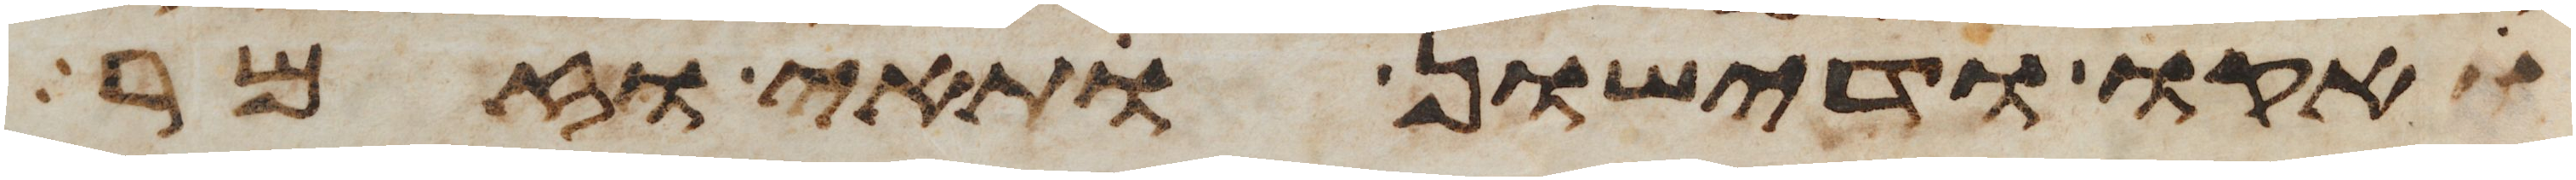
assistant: אקו ודישון ותאי וזמר